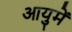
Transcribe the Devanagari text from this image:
आयुमें